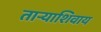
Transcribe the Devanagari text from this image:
ताऱ्याशिवाय